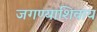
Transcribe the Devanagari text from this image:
जगण्याशिवाय